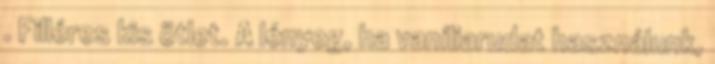
. Filléres kis ötlet. A lényeg, ha vaníliarudat használunk,